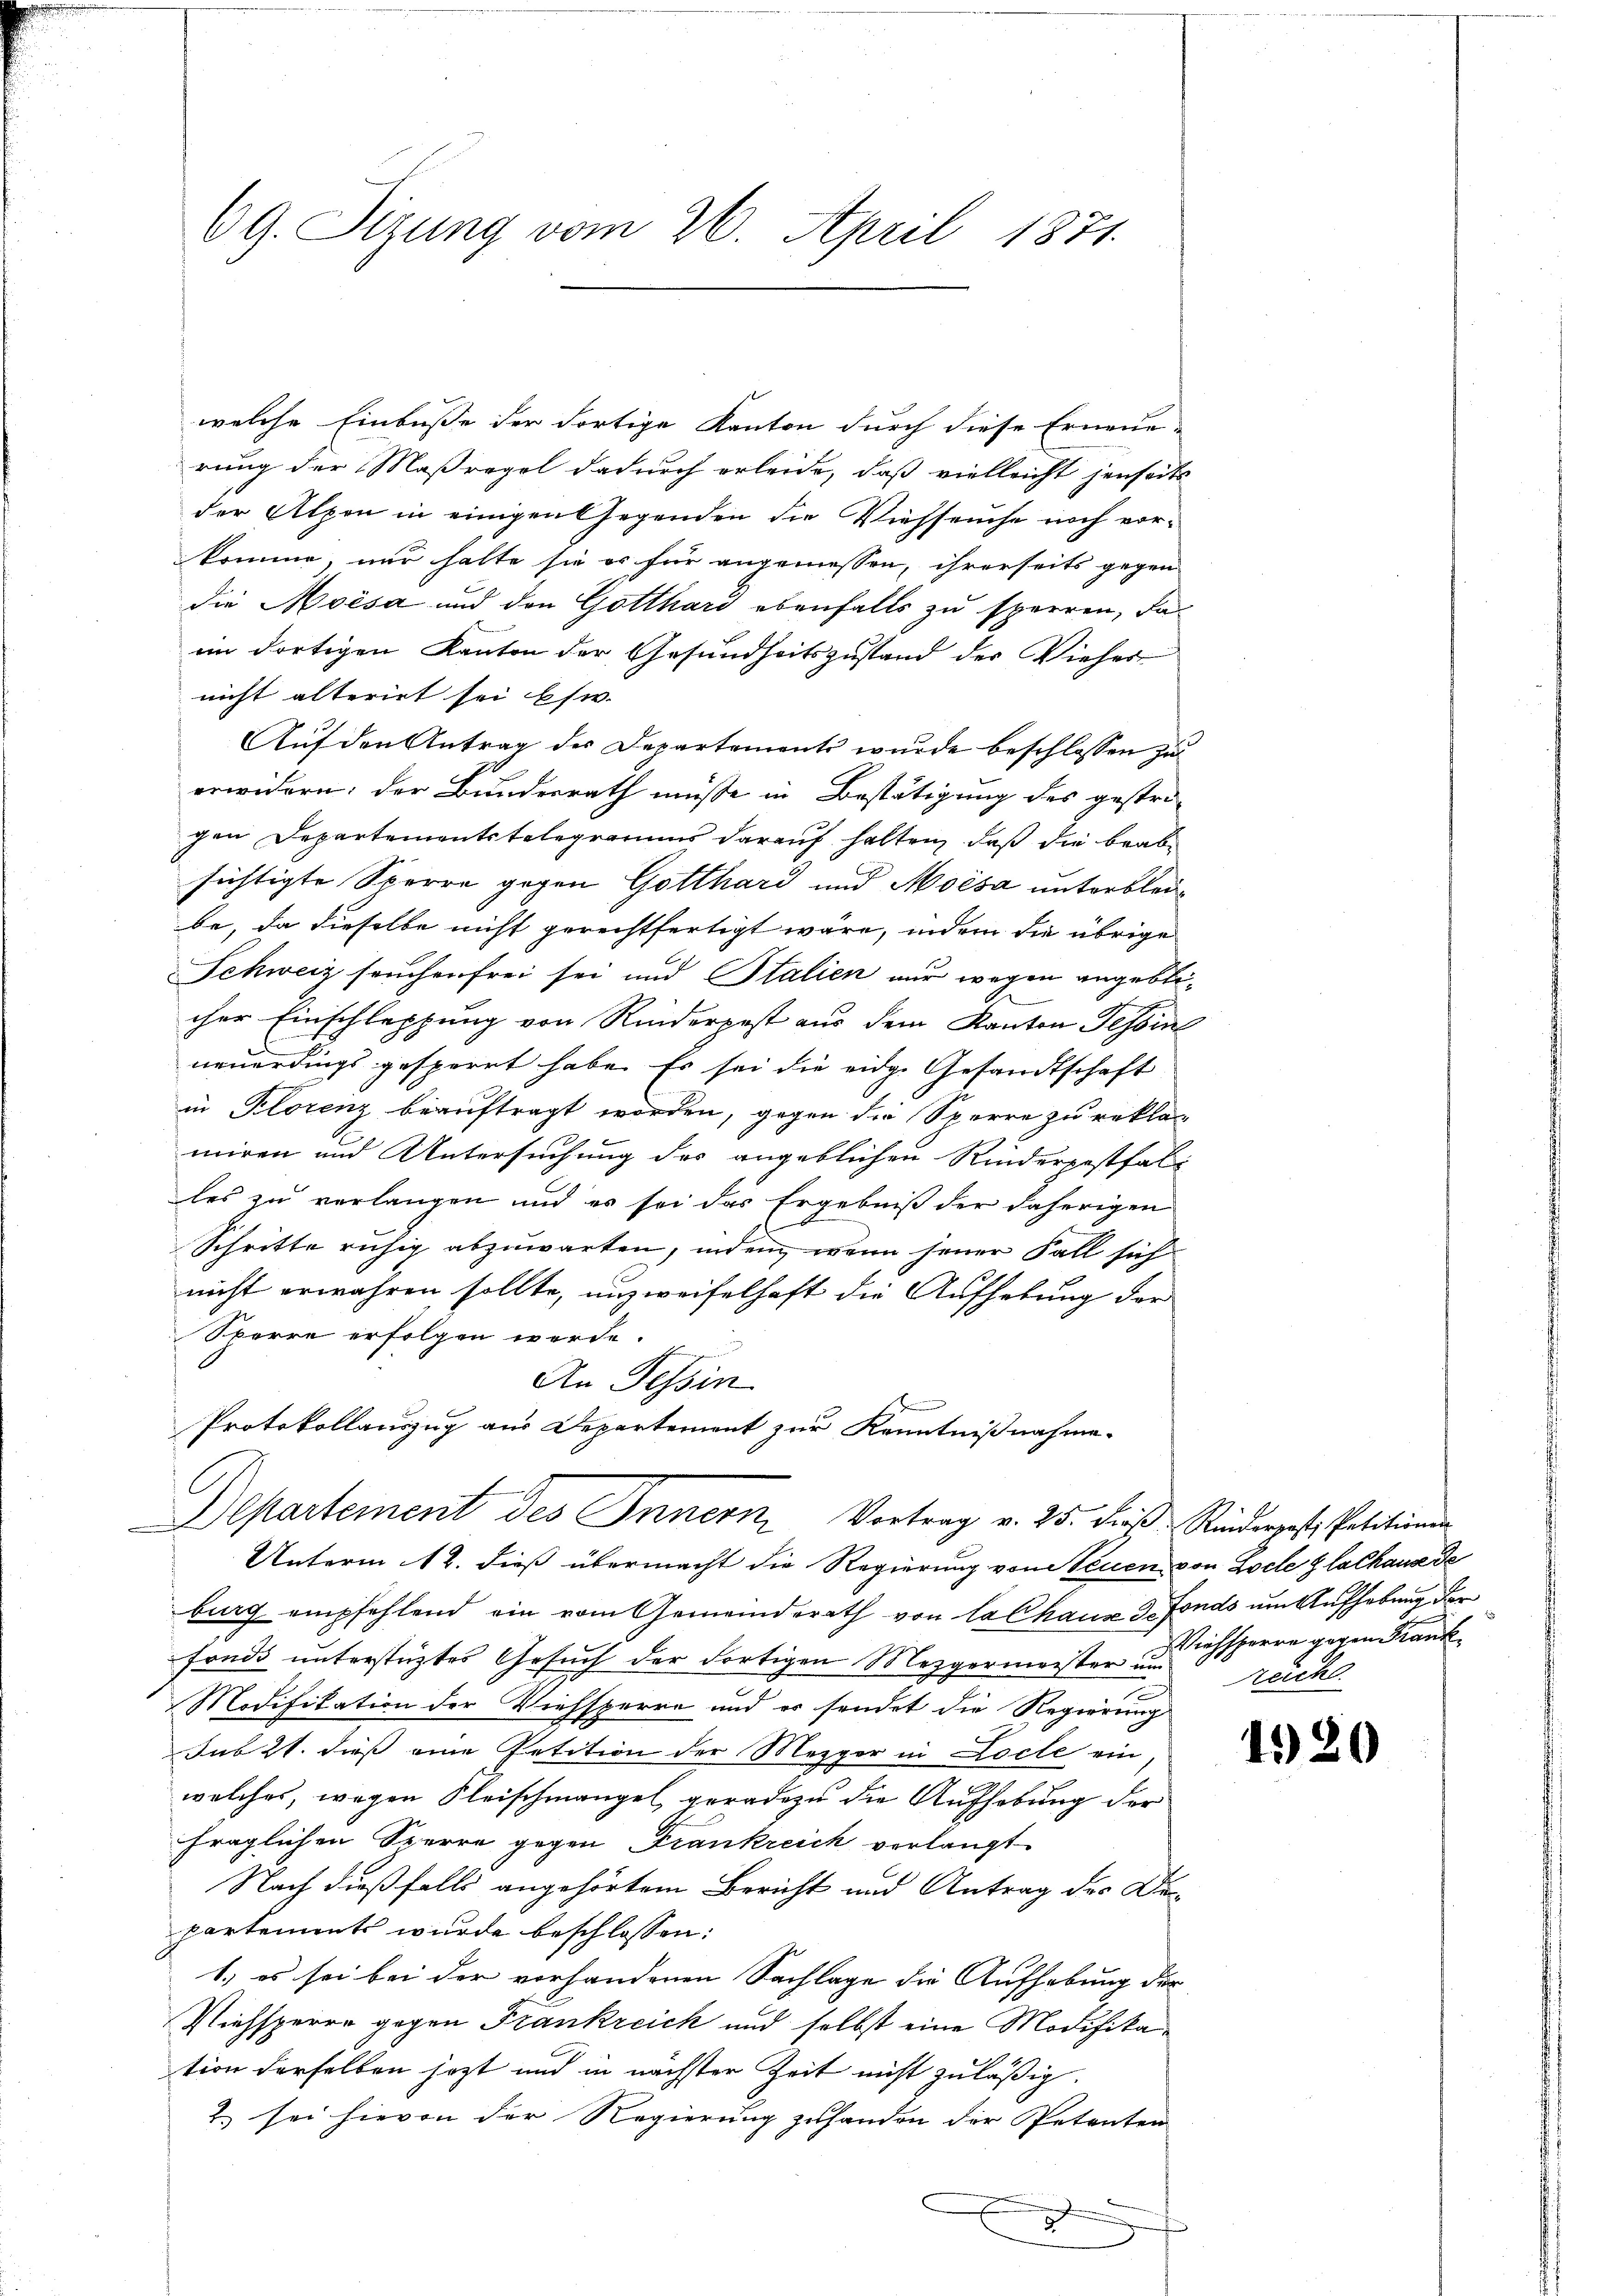
69. Sizung vom 26. April 1871.

welche Einbuße der Fortige Kanton durch diese Erneuerung der Maßregel dadurch erleide, daß vielleicht jenseits
der Alpen in einigen Gegenden die Viehseuche noch vorkomme, nur halte sie es für angemessen, ihrerseits gegen
die Moisa und den Gotthard ebenfalls zu sperren, da
im dortigen Kanton der Gesundheitszustand der Vieher
nicht alterirt sei es w.
Auf den Antrag des Departementi wurde beschlossen zu
erwidern: der Bundesrath müsse in Bestätigung des gestri-
gen Departementstelegramms darauf halten, daß die Brabsichtigte Sperre gegen Gotthard und Moisa unterbleibe, da dieselbe nicht gerechtfertigt wäre, indem die übrige
Schweiz seuchenfrei sei und Stalien nur wegen angeblicher Einschleppung von Rinderpost aus dem Kanton Tessin
neuerdings gesperrt habe. Es sei die eidg. Gesandtschaft
in Florenz beauftragt worden, gegen die Sperre zu rekla
miren und Untersuchung des angeblichen Rinderpestfal-
les zu verlangen und es sei das Ergebniß der daherigen
Schritte ruhig abzuwarten, indem wenn jener Fall sich
d
nicht erwahren sollte, unzweifelhaft die Aufhebung der
Sperre erfolgen werde.
n
An Tessin
Protokollauszug aus Departement zur Kenntnißnahme-
A
Departement des Innern Vortrag v. 25. dieβ. Rinderpest, Petitionen
Unterm 12. dieß übermacht die Regierung von Neuen von Loche & lachause de
burg empfehlend ein vom Gemeinderath von la Chaus 3. Fonds um Aufhebung der
fonds unterstüztes Gesuch der dortigen Mezgermeister um

Modifikation der Viehsperre und es sendet die Regierung
sub 21. dieß eine Petition der Mezger in Loche ein
welches, wegen Fleischmangel geradezu die Aufhebung der
fraglichen Sperre gegen Frankreich verlangt
Nach dießfalls angehörtem Bericht und Antrag des Departements wurde beschlossen:
1.) es sei bei der vorhandenen Sachlage die Aufhebung der
Viehsperre gegen Frankreich und selbst eine Modifikation derselben jezt und in nächster Zeit nicht zuläßig.
2.) sei hievon der Regierung zu handen der Petenten
e
x

Viehsperre gegen Krank
reicht.

1920